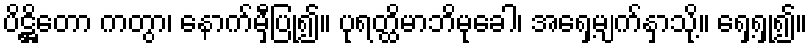
ပိဋ္ဌိတော ကတွာ၊ နောက်မှီပြု၍။ ပုရတ္ထိမာဘိမုခေါ၊ အရှေ့မျက်နှာသို့။ ရှေ့ရှု၍။